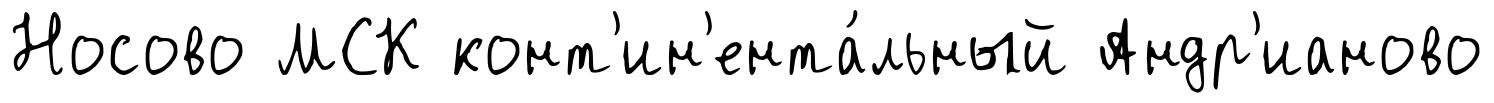
Носово МСК конт'ин'ента́льный Андр'ианово